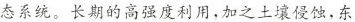
态系统。长期的高强度利用，加之土壤侵蚀，东